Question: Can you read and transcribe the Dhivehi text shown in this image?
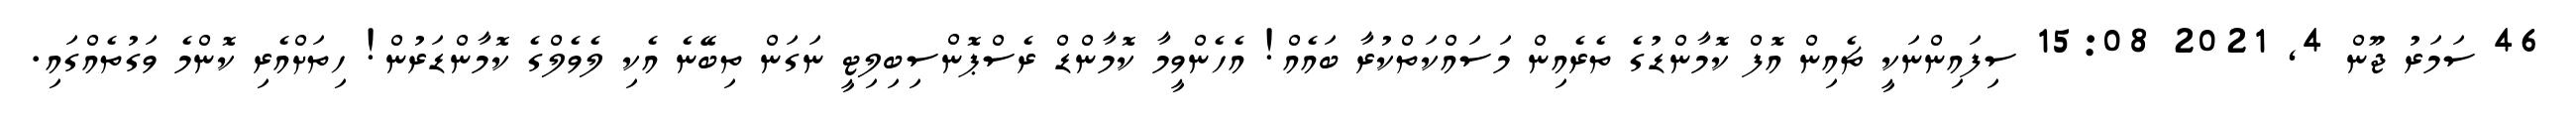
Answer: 46 ސަމަރު ޖޫން 4, 2021 15:08 ސިފައިންނަކީ ޗެއިން އޮފް ކޮމާންޑުގެ ތެރެއިން މަސައްކަތްކުރާ ބައެއް! އެހެންވީމާ ކޮމާންޑް ރެސްޕޮންސިބިލިޓީ ނަގަން ތިބޭނެ އެކި ލެވެލްގެ ކޮމާންޑަރުން! ހިތަށްއެރި ކޮންމެ ވަގުތެއްގައި.